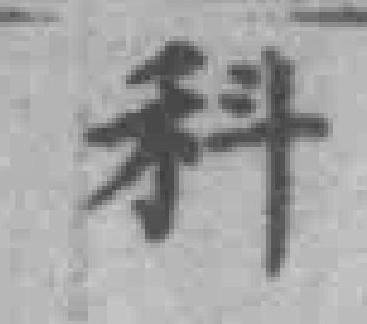
科